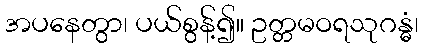
အပနေတွာ၊ ပယ်စွန့်၍။ ဥတ္တမဝရသုဂန္ဓံ၊